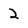
Character: 2